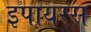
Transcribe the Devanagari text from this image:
इपायरस